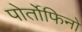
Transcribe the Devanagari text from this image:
पोर्तोफिनो